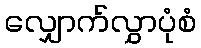
လျှောက်လွှာပုံစံ